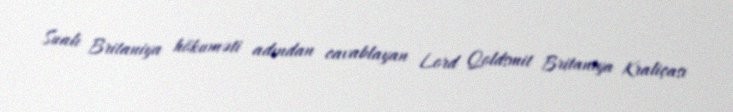
Sualı Britaniya hökuməti adından cavablayan Lord Qoldsmit Britaniya Kraliçası